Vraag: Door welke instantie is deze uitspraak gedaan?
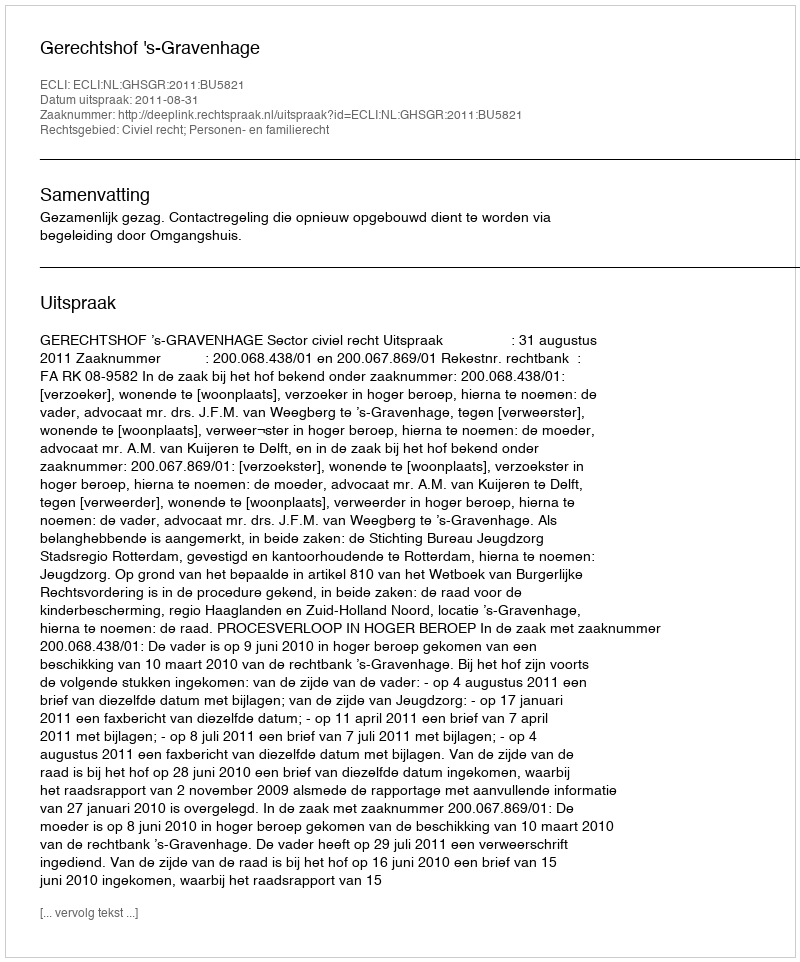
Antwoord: Gerechtshof 's-Gravenhage